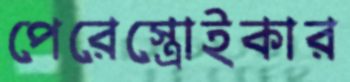
পেরেস্ত্রোইকার